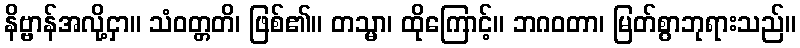
နိဗ္ဗာန်အလို့ငှာ။ သံဝတ္တတိ၊ ဖြစ်၏။ တသ္မာ၊ ထိုကြောင့်။ ဘဂဝတာ၊ မြတ်စွာဘုရားသည်။